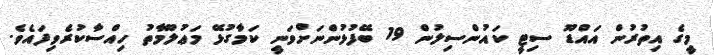
މީގެ އިތުރުން އައްޑޫ ސިޓީ ކައުންސިލުން 19 ބޭފުޅުންނަށްވަނީ ކަމާގުޅޭ މަޢުލޫމާތު ހިއްސާކުރެވިފައެވެ.